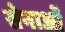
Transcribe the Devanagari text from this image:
सेनाओें